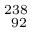
^ { 2 3 8 } _ { \ 9 2 }